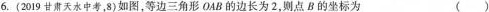
6.(2019甘肃天水中考，8)如图，等边三角形OAB的边长为2，则点B的坐标为 ()